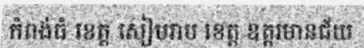
កំពង់ធំ ខេត្ត សៀមរាប ខេត្ត ឧត្តរមានជ័យ